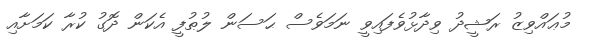
މުޢައްވިޒު ރަޝީދު ވިދާޅުވެފައިވީ ނަމަވެސް ޙަސަން ލުޠުފީ އެކަން ދޮގު ކުރާ ކަމަށާއި